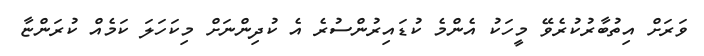
ވަރަށް އިތުބާރުކުރެވޭ މީހަކު އެންމެ ކުޑައިރުންސުރެ އެ ކުދިންނަށް މިކަހަލަ ކަމެއް ކުރަންޏާ